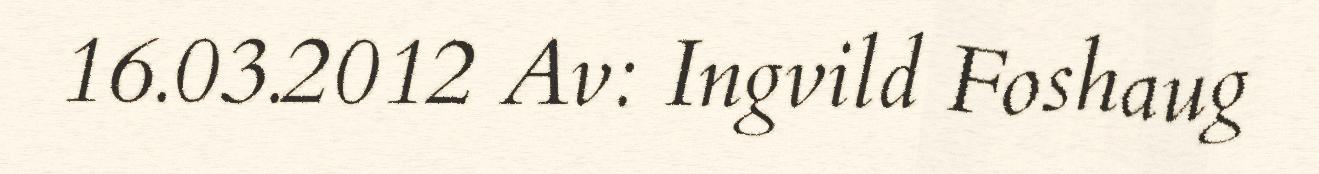
16.03.2012 Av: Ingvild Foshaug